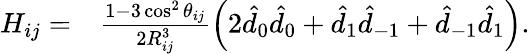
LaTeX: \begin{array}{rl}{H_{ij}=}&{{}\frac{1-3\cos^{2}\theta_{ij}}{2R_{ij}^{3}}\left(2\hat{d}_{0}\hat{d}_{0}+\hat{d}_{1}\hat{d}_{-1}+\hat{d}_{-1}\hat{d}_{1}\right).}\end{array}